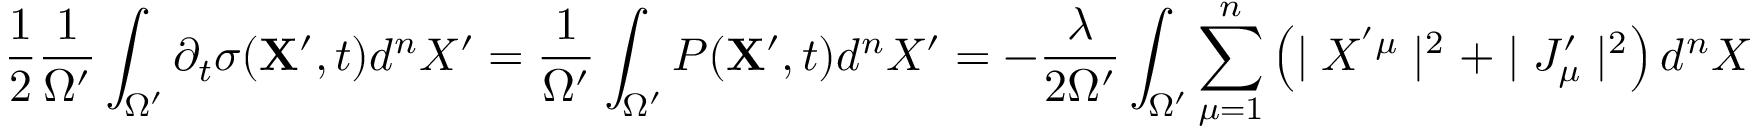
\frac { 1 } { 2 } \frac { 1 } { { \Omega } ^ { \prime } } \int _ { \Omega ^ { \prime } } \partial _ { t } \sigma ( { \bf X ^ { \prime } } , t ) d ^ { n } X ^ { \prime } = \frac { 1 } { { \Omega } ^ { \prime } } \int _ { \Omega ^ { \prime } } P ( { \bf X ^ { \prime } } , t ) d ^ { n } X ^ { \prime } = - \frac { \lambda } { 2 \Omega ^ { \prime } } \int _ { \Omega ^ { \prime } } \sum _ { \mu = 1 } ^ { n } \left( \mid X ^ { ' \mu } \mid ^ { 2 } + \mid J _ { \mu } ^ { \prime } \mid ^ { 2 } \right) d ^ { n } X